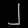
Digit: ၂